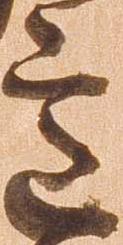
意